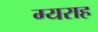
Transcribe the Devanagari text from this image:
ग्यराह